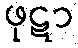
ဖုဋာ